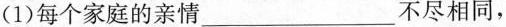
(1)每个家庭的亲情___不尽相同，